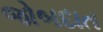
જોબદાત